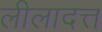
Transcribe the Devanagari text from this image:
लीलादत्त